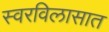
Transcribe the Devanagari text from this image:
स्वरविलासात